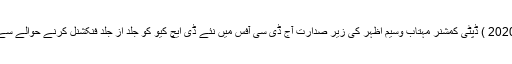
ڈین نیوز 14 جنوری 2020 ) ڈپٹی کمشنر مہتاب وسیم اظہر کی زیر صدارت آج ڈی سی آفس میں نئے ڈی ایچ کیو کو جلد از جلد فنکشنل کرنے حوالے سے ایک اجلاس منعقد ہوا۔